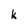
Character: k